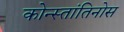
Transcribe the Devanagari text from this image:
कोन्स्तांतिनोस